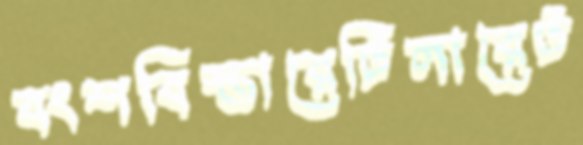
বংশবিস্তারেটিলারেট